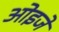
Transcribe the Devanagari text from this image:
ओइजे